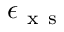
\epsilon _ { \mathrm { ~ x ~ s ~ } }